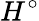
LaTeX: H^{\circ}